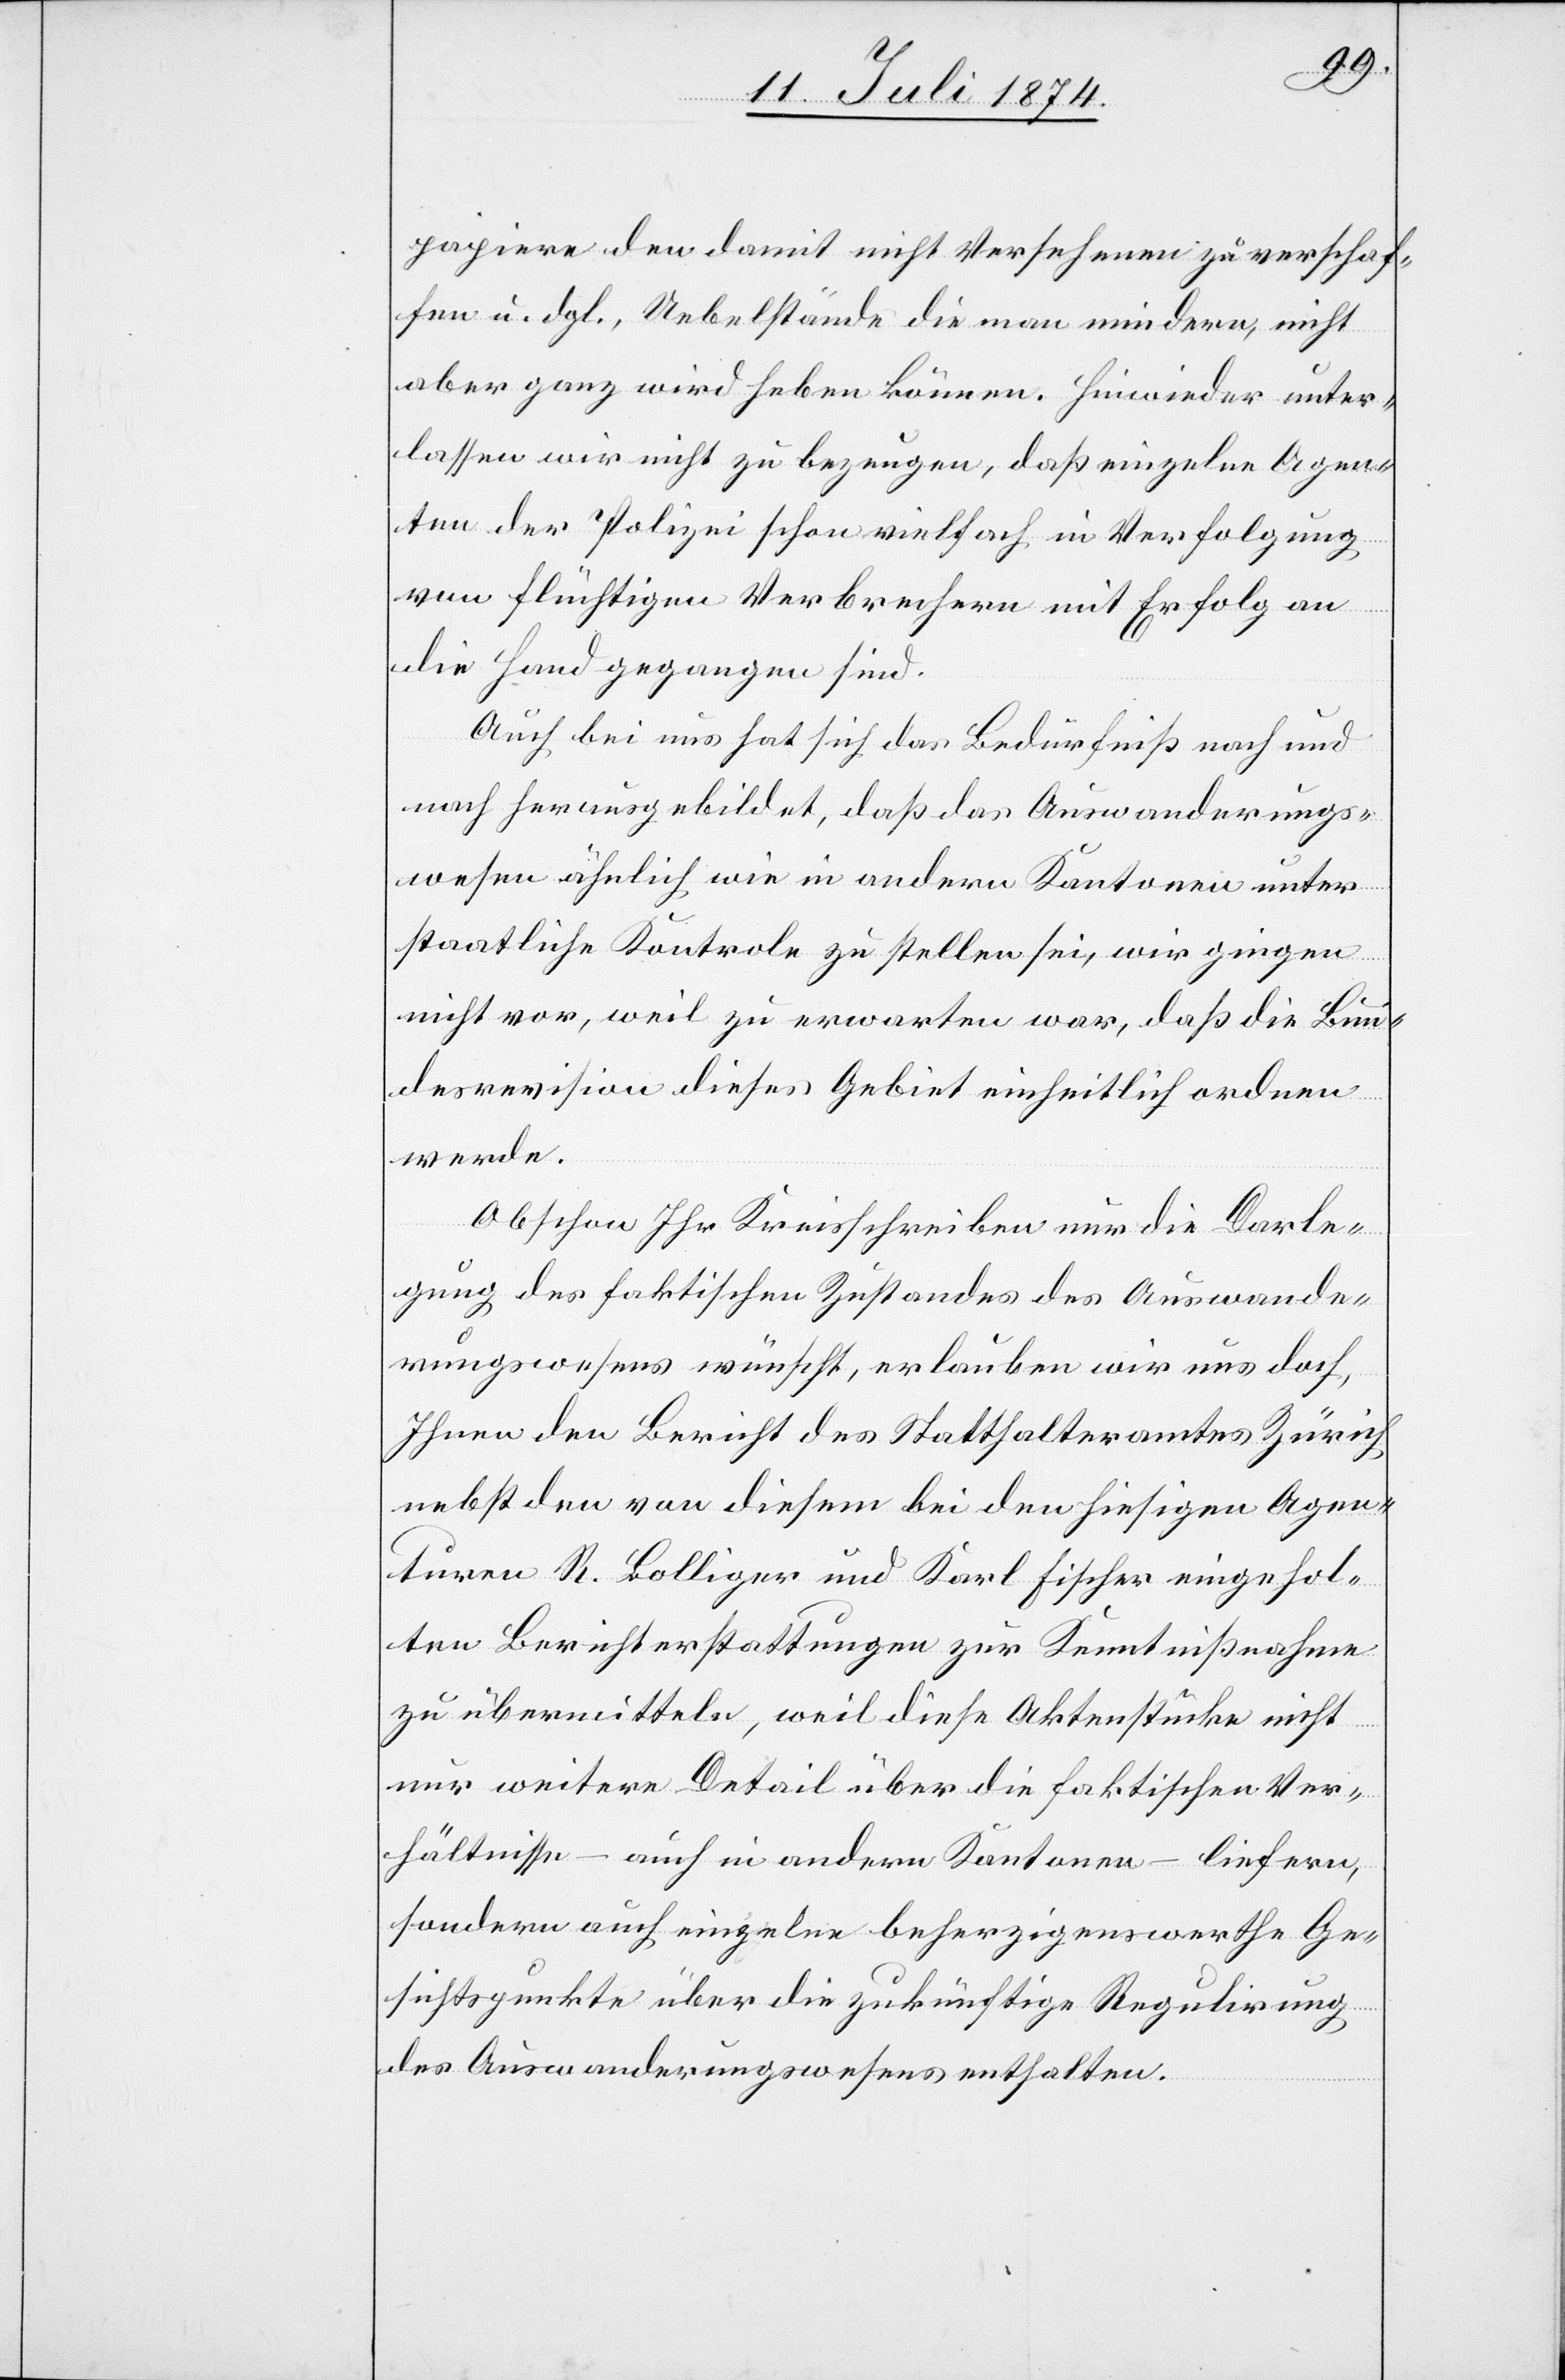
papiere den damit nicht Versehenen zu verschaf¬
fen u. dgl. Uebelstände die man mindern, nicht
aber ganz wird heben können. Hinwieder unter¬
lassen wir nicht zu bezeugen, daß einzelne Agen¬
ten der Polizei schon vielfach in Verfolgung
von flüchtigen Verbrechern mit Erfolg an
die Hand gegangen sind.
Auch bei uns hat sich das
Bedürfniß nach und
nach herausgebildet, daß das Auswanderungs¬
wesen ähnlich wie in andern Kantonen unter
staatliche Kontrole zu stellen sei, wir gingen
nicht vor, weil zu erwarten war, daß die Bun¬
desrevision dieses Gebiet einheitlich ordnen
werde.
Obschon Ihr Kreisschreiben nur die Darle¬
gung des faktischen Zustandes des Auswande¬
rungswesens wünscht, erlauben wir uns doch,
Ihnen den Bericht des Statthalteramtes Zürich
nebst den von diesem bei den hiesigen Agen¬
turen R. Bolliger und Karl Fischer eingehol¬
ten Berichterstattungen zur Kenntnißnahme
zu übermitteln, weil diese Aktenstücke nicht
nur weitere Detail[s] über die faktischen Ver¬
hältnisse – auch in andern Kantonen – liefern,
sondern auch einzelne beherzigenswerthe Ge¬
sichtspunkte über die zukünftige Regulirung
des Auswanderungswesens enthalten.